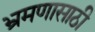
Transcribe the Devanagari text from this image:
भ्रमणासाठी